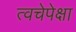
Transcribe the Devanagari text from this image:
त्वचेपेक्षा